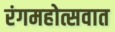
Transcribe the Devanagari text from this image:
रंगमहोत्सवात